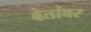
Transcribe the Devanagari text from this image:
बेतांवर